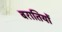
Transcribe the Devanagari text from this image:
बरातियों